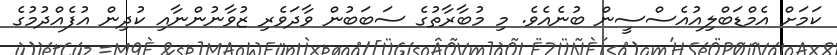
ކަމަށް އެމްޑަބްލިއުއެސްސީން ބުނެއެވެ. މި މުބާރާތުގެ ސަބަބުން ވާދަވެރި ޒުވާނުންނާއި ކުދިން އުފެއްދުމުގެ